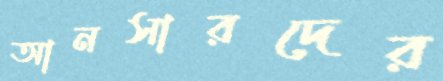
আনসারদের